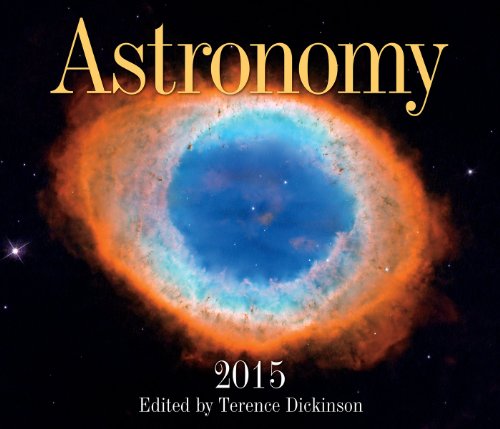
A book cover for Astronomy 2015; Calendars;